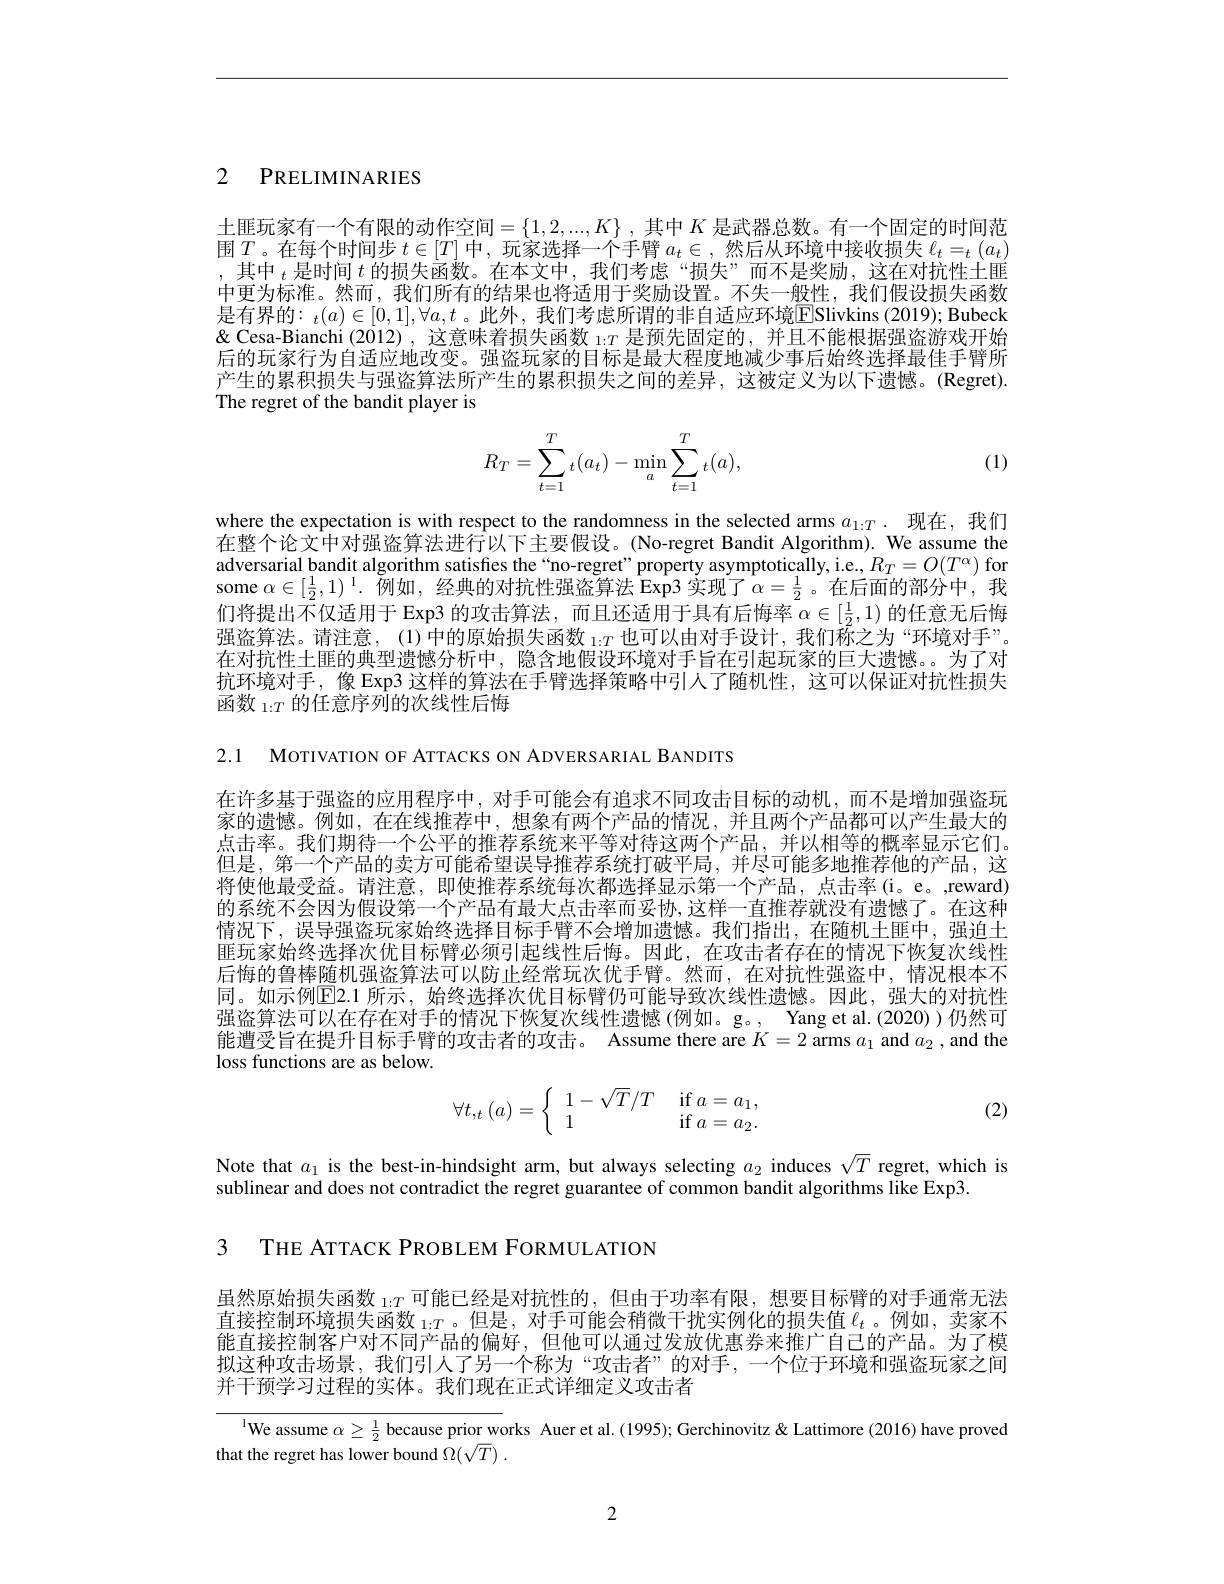
2 PRELIMINARIES

土匪玩家有一个有限的动作空间$=\{1,2,...,K\}$ ,其中 $K$ 是武器总数。有一个固定的时间范围$T$。在每个时间步$t\in[T]$中，玩家选择一个手臂$a_t\in$,然后从环境中接收损失$\ell_t=_t(a_t)$ ,其中$_t$是时间$t$的损失函数。在本文中，我们考虑“损失”而不是奖励，这在对抗性土匪中更为标准。然而，我们所有的结果也将适用于奖励设置。不失一般性，我们假设损失函数是有界的$:_t(a)\in[0,1],\forall a,t$。此外，我们考虑所谓的非自适应环境$\overline{\mathrm{E}}$Slivkins (2019); Bubeck $\&$ Cesa-Bianchi (2012) ,这意味着损失函数$\iota{:}T$是预先固定的，并且不能根据强盗游戏开始后的玩家行为自适应地改变。强盗玩家的目标是最大程度地减少事后始终选择最佳手臂所产生的累积损失与强盗算法所产生的累积损失之间的差异，这被定义为以下遗憾。(Regret). The regret of the bandit player is
$$R_T=\sum_{t=1}^T{}_t(a_t)-\min_a\sum_{t=1}^T{}_t(a),$$
(1)

where the expectation is with respect to the randomness in the selected arms $a_{1:T}$ . 现在，我们在整个论文中对强盗算法进行以下主要假设。(No-regret Bandit Algorithm). We assume the adversarial bandit algorithm satisfies the“no-regret”property asymptotically, i.e, $R_T=O(T^\alpha)$ for some $\alpha\in[\frac12,1)^1.$ 例如，经典的对抗性强盗算法 Exp3 实现了$\alpha=\frac{1}{2}$。在后面的部分中，我们将提出不仅适用于 Exp3 的攻击算法，而且还适用于具有后悔率$\alpha\in[\frac12,1)$的任意无后悔强盗算法。请注意，(1)中的原始损失函数$\iota_{:T}$也可以由对手设计，我们称之为“环境对手”。在对抗性土匪的典型遗憾分析中，隐含地假设环境对手旨在引起玩家的巨大遗憾。。为了对抗环境对手，像 Exp3 这样的算法在手臂选择策略中引人了随机性，这可以保证对抗性损失函数 $_{1:T}$的任意序列的次线性后悔

2.1 MOTIVATION OF ATTACKS ON ADVERSARIAL BANDITS

在许多基于强盗的应用程序中，对手可能会有追求不同攻击目标的动机，而不是增加强盗玩家的遗憾。例如，在在线推荐中，想象有两个产品的情况，并且两个产品都可以产生最大的点击率。我们期待一个公平的推荐系统来平等对待这两个产品，并以相等的概率显示它们。但是，第一个产品的卖方可能希望误导推荐系统打破平局，并尽可能多地推荐他的产品，这将使他最受益。请注意，即使推荐系统每次都选择显示第一个产品，点击率(i。e。,reward) 的系统不会因为假设第一个产品有最大点击率而妥协，这样一直推荐就没有遗憾了。在这种情况下，误导强盗玩家始终选择目标手臂不会增加遗憾。我们指出，在随机土匪中，强迫土匪玩家始终选择次优目标臂必须引起线性后悔。因此，在攻击者存在的情况下恢复次线性后悔的鲁棒随机强盗算法可以防止经常玩次优手臂。然而，在对抗性强盗中，情况根本不同。如示例$\overline{\mathbb{E}}$2.1 所示，始终选择次优目标臂仍可能导致次线性遗憾。因此，强大的对抗性强盗算法可以在存在对手的情况下恢复次线性遗憾(例如。g。, Yang et al.(2020))仍然可能遭受旨在提升目标手臂的攻击者的攻击。Assume there are $K=2$ arms $a_1$ and $a_2$,and the loss functions are as below.
$$\forall t,_t(a)=\left\{\begin{array}{ll}1-\sqrt{T}/T&\text{if}\:a=a_1,\\1&\text{if}\:a=a_2.\end{array}\right.$$
(2)

Note that $a_1$ is the best-in-hindsight arm, but always selecting $a_2$ induces $\sqrt T$ regret, which is
sublinear and does not contradict the regret guarantee of common bandit algorithms like Exp3.

3 THE ATTACK PROBLEM FORMULATION

虽然原始损失函数$_{1:T}$可能已经是对抗性的，但由于功率有限，想要目标臂的对手通常无法直接控制环境损失函数 $_{1:T}$。但是，对手可能会稍微干扰实例化的损失值$\ell_t$。例如，卖家不能直接控制客户对不同产品的偏好，但他可以通过发放优惠券来推广自己的产品。为了模拟这种攻击场景，我们引人了另一个称为“攻击者”的对手，一个位于环境和强盗玩家之间并干预学习过程的实体。我们现在正式详细定义攻击者

$^{\text{l}}$We assume $\alpha\geq\frac12$ because prior works Auer et al.(1995); Gerchinovitz & Lattimore (2016) have proved
that the regret has lower bound $\Omega ( \sqrt T)$ .

2